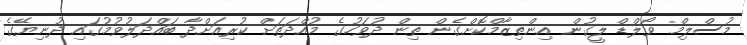
މުސްލިމް ވޯލްޑް ލީގުން އިންތިޒާމްކޮށްގެން ތިން ދުވަހުގެ މުއްދަތަށް ކުރިއަށްދާ ބައްދަލުވުމުގައި ދުނިޔޭގެ